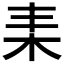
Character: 𣐇